Vaccination United Provinces of Agra and Oudh 1914-1922 - 1914-1922
Year: 1914
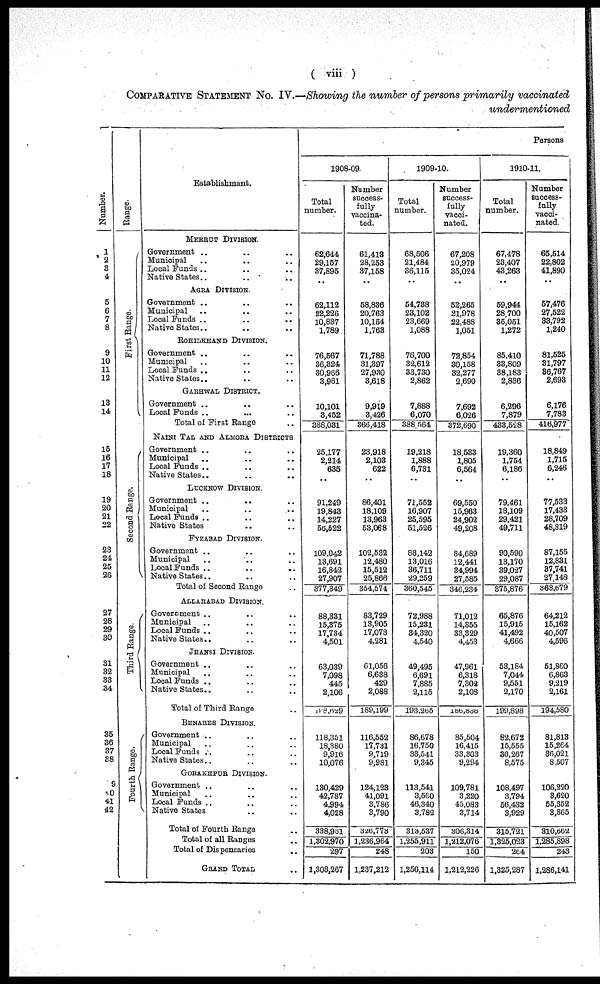
( viii )
COMPARATIVE STATEMENT No. IV.—Showing the number of persons primarily vaccinated
undermentioned
Number.
1
2
3
4
5
6
7
8
9
10
11
12
13
14
15
16
17
18
19
20
21
22
23
24
25
26
27
28
29
30
31
32
33
34
35
36
37
38
39
40
41
42
Range.
First Range.
Second Range.
Third Range
Fourth Range.
Establishmant.
MEERUT DIVISION.
Government .. .. ..
Municipal .. .. ..
Local Funds .. .. ..
Native States.. .. ..
AGRA DIVISION.
Government .. .. ..
Municipal .. .. ..
Local Funds .. .. ..
Native States.. .. ..
ROHILKHAND DIVISION.
Government .. .. ..
Municipal .. .. ..
Local Funds .. .. ..
Native States.. .. ..
GARHWAL DISTRICT.
Government .. .. ..
Local Funds .. .. ..
Total of First Range ..
NAINI TAL AND ALMORA DISTRICTS
Government .. .. ..
Municipal .. .. ..
Local Funds .. .. ..
Native States .. .. ..
LUCKNOW DIVISION.
Government .. .. ..
Municipal .. .. ..
Local Funds .. .. ..
Native States .. .. ..
FYZABAD DIVISION.
Government .. .. ..
Municipal .. .. ..
Local Funds ..
..
..
Native States .. .. ..
Total of Second Range ..
ALLAHABAD DIVISION.
Government .. .. ..
Municipal .. .. ..
Local Funds .. .. ..
Native States.. .. ..
JHANSI DIVISION.
Government .. .. ..
Municipal .. .. ..
Local Funds .. .. ..
Native States.. .. ..
Total of Third Range ..
BENARES DIVISION.
Government .. .. ..
Municipal .. .. ..
Local Funds .. .. ..
Native States.. .. ..
GORAKHPUR DIVISION.
Government .. .. ..
Municipal .. .. ..
Local Funds .. .. ..
Native States .. ..
Total of Fourth Range ..
Total of all Ranges ..
Total of Dispensaries ..
GRAND TOTAL ..
Persons
1908-09.
Total
number.
62,644
29,157
37,895
..
62,112
22,226
10,837
1,789
76,567
36,324
30,966
3,961
10,101
3,452
388,031
25,177
2,214
635
..
91,249
19,843
14,227
56,522
109,042
13,691
16,842
27,907
377,349
88,331
15,375
17,734
4,501
63,039
7,098
445
2,106
198,629
118,351
18,380
9,916
10,076
180,429
42,787
4,994
4,028
338,961
1,302,970
297
1,303,267
Number
success-
fully
vaccina-
ted.
61,413
28,253
37,158
..
58,836
20,763
10,154
1,768
71,788
31,397
27,930
3,618
9,919
3,426
366,418
23,918
2,108
622
..
86,401
18,109
13,963
53,068
102,532
12,480
15,512
25,866
354,574
83,729
13,905
17,073
4,281
61,056
6,638
429
2,088
189,199
116,552
17,731
9,719
9,981
124,123
41,091
3,786
3,790
326,773
1,236,964
248
1,237,212
1909-10.
Total
number.
68,506
21,484
36,115
..
54,738
23,102
23,669
1,088
76,700
32,612
33,730
2,862
7,888
6,070
388,564
19,218
1,888
6,731
..
71,552
16,907
25,595
51,526
88,142
13,016
36,711
29,259
360,545
72,988
15,231
34,320
4,540
49,495
6,691
7,885
2,115
193,265
86,678
16,750
33,541
9,345
113,541
3,560
46,340
3,782
313,537
1,255,911
203
1,256,114
Number
success-
fully
vacci-
nated.
67,208
20,979
35,024
..
52,265
21,978
22,488
1,051
72,854
30,158
32,277
2,690
7,692
6,026
372,690
18,533
1,805
6,564
..
69,550
15,963
24,902
49,208
84,689
12,441
34,994
27,585
346,234
71,012
14,355
33,329
4,453
47,961
6,318
7,302
2,108
186,838
85,504
16,415
33,303
9,294
109,781
3,220
45,083
3,714
306,314
1,212,076
150
1,212,226
1910-11.
Total
number.
67,478
23,407
43,263
..
59,944
28 700
35,051
1,272
85,410
33,809
38,183
2,836
6,296
7,879
433,528
19,360
1,754
6,186
..
79,461
18,109
29,421
49,711
90,590
13,170
39,027
29,087
375,876
65,876
15,915
41,492
4,666
53,184
7,044
9,551
2,170
199,898
82,672
15,555
36,267
8,575
108,497
3,794
56,432
3,929
315,721
1,325,023
264
1,325,287
Number
success-
fully
vacci-
nated.
65,514
22,802
41,890
..
57,476
27,522
33,792
1,240
81,525
31,797
36,767
2,693
6,176
7,783
416,977
18,849
1,715
6,246
..
77,533
17,433
28,709
48,319
87,155
12,831
37,741
27,148
363,679
64,212
15,162
40,507
4,596
51,860
6,863
9,219
2,161
194,580
81,813
15,264
36,021
8,507
106,220
3,620
55,352
3,865
310,662
1,285,898
243
1,286,141